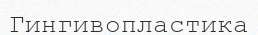
Гингивопластика